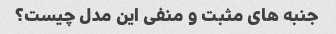
جنبه های مثبت و منفی این مدل چیست؟